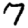
Digit: 7